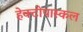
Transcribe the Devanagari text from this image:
हेक्टोपास्कल